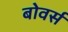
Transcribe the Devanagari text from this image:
बोवर्स